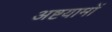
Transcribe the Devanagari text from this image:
अष्टयामों